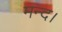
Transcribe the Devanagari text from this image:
मन्द।